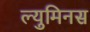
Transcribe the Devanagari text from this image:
ल्युमिनस